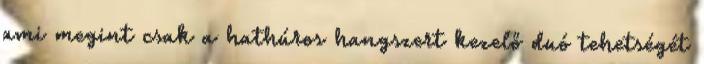
ami megint csak a hathúros hangszert kezelő duó tehetségét